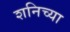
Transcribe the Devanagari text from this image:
शनिच्या